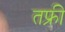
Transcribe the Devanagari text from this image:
तफ्री